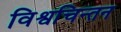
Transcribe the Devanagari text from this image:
विश्वचिन्तन